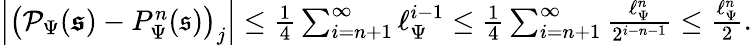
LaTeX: \begin{array}{r}{\left|\left(\mathcal{P}_{\Psi}(\boldsymbol{\mathfrak{s}})-P_{\Psi}^{n}(\mathfrak{s})\right)_{j}\right|\leq\frac{1}{4}\sum_{i=n+1}^{\infty}\ell_{\Psi}^{i-1}\leq\frac{1}{4}\sum_{i=n+1}^{\infty}\frac{\ell_{\Psi}^{n}}{2^{i-n-1}}\leq\frac{\ell_{\Psi}^{n}}{2}.}\end{array}